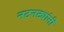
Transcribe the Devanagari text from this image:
नटनट्यांनी